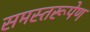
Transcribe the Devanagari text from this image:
समस्तरूपेण